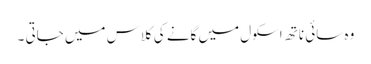
وہ سائی ناتھ اسکول میں گانے کی کلاس میں جاتی ۔